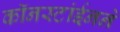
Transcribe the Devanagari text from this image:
कॉनस्टांईनने